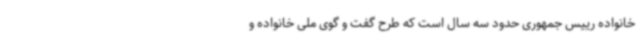
خانواده رییس جمهوری حدود سه سال است که طرح گفت و گوی ملی خانواده و